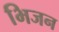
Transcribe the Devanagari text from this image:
भिजन